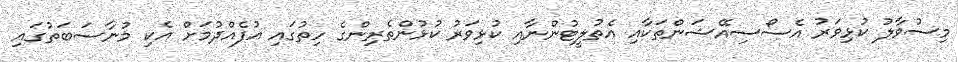
މިސުވާލު ކުޅިވަރު އެސޯސިއޭޝަންތަކާއި އެތުލީޓުންނާއި ކުޅިވަރު ކުޅުންތެރިންގެ ހިތުގައި އުފެއްދުމަށް އެކި މުނާސަބަތުގައި